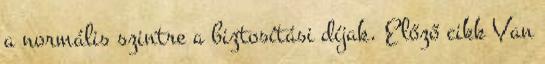
a normális szintre a biztosítási díjak. Előző cikk Van